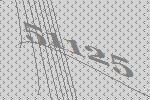
51125